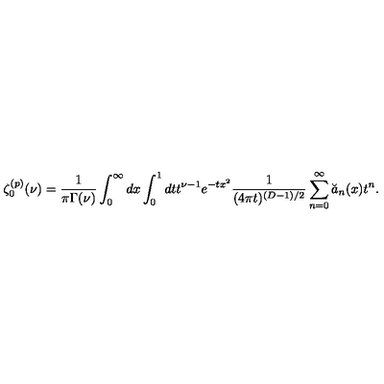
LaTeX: \zeta _ { 0 } ^ { ( p ) } ( \nu ) = { \frac { 1 } { \pi \Gamma ( \nu ) } } \int _ { 0 } ^ { \infty } d x \int _ { 0 } ^ { 1 } d t t ^ { \nu - 1 } e ^ { - t x ^ { 2 } } { \frac { 1 } { ( 4 \pi t ) ^ { ( D - 1 ) / 2 } } } \sum _ { n = 0 } ^ { \infty } \breve { a } _ { n } ( x ) t ^ { n } .